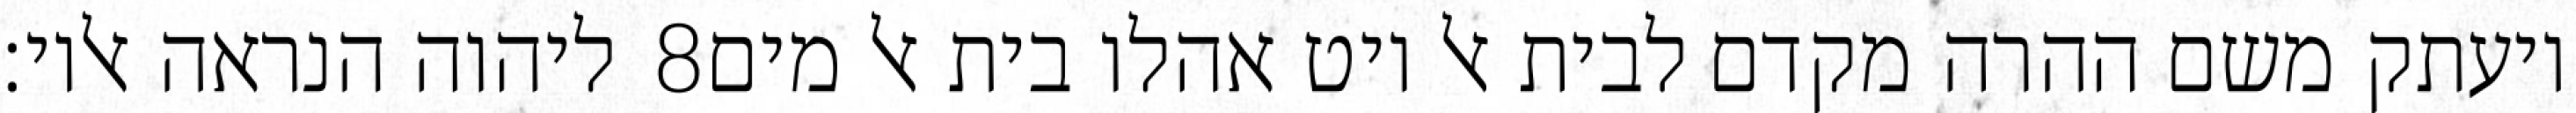
ליהוה הנראה אליו׃ ‎8‏ ויעתק משם ההרה מקדם לבית אל ויט אהלו בית אל מים